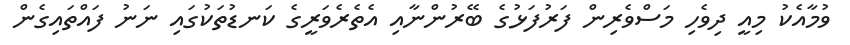
ވުމާއެކު މިއީ ދިވެހި މަސްވެރިން ފަރުފަޅުގެ ބޭރުންނާއި އެތެރެވަރީގެ ކަނޑުތަކުގައި ނަނު ފައްތައިގެން